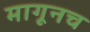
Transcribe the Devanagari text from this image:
मागूनच